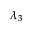
\lambda _ { 3 }